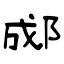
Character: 郕